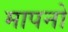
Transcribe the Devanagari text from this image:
मापनो